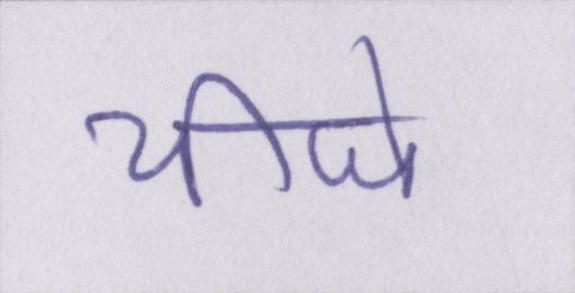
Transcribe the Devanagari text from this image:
चीजे